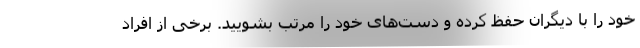
خود را با دیگران حفظ کرده و دست‌های خود را مرتب بشویید. برخی از افراد